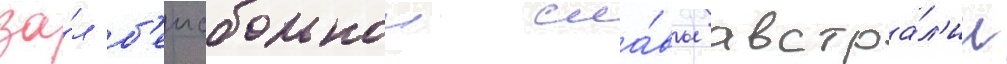
за́л б'еисбольнои сла́вы австра́л'ии